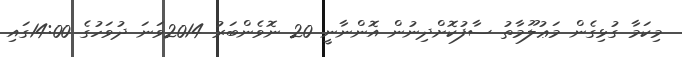
މިކަމާ ގުޅިގެން މަޢުލޫމާތު ސާފުކޮށްދިނުން އޮންނާނީ 20 ނޮވެންބަރު 2014ވަނަ ދުވަހުގެ 14:00ގައި